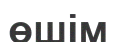
өшім